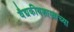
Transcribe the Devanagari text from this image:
वैद्यकीयशास्त्राच्या